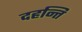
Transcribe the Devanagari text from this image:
दहन्ति